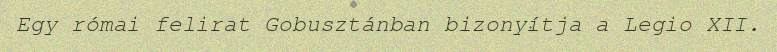
Egy római felirat Gobusztánban bizonyítja a Legio XII.